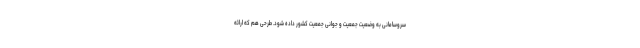
سروسامانی به وضعیت جمعیت و جوانی جمعیت کشور داده شود. طرحی هم که ارائه